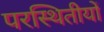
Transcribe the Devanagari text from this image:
परस्थितीयों